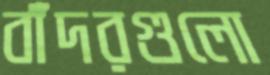
বাঁদরগুলো